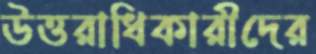
উত্তরাধিকারীদের